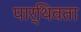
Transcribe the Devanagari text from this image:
पार्थिवता